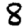
Digit: 8